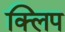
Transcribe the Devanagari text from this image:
क्‍िलप